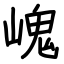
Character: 㟴